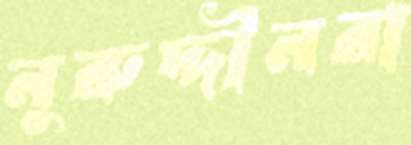
নুরুদ্দীনরা